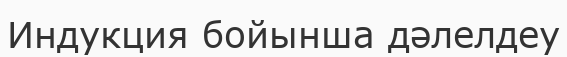
Индукция бойынша дәлелдеу